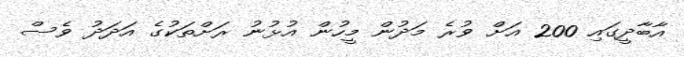
އާބާދީގައި 200 އަށް ވުރެ މަދުން މީހުން އުޅުނު ރަށްތަކުގެ އަދަދު ވެސް